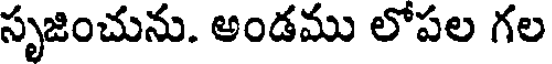
సృజించును. అండము లోపల గల